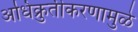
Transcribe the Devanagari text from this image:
अधिक्रुतीकरणामुळे